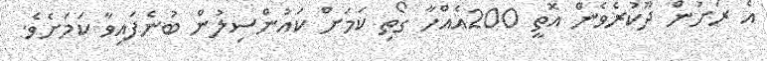
އެ ރަށުން ދޫކުރެވެން އޮތީ 200އެއްހާ ގޯތި ކަމަށް ކައުންސިލުން ބުނެފައިވާ ކަމަށެވެ.